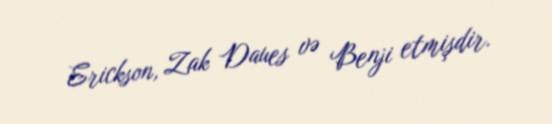
Erickson, Zak Daues və Benji etmişdir.